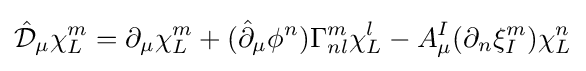
{\hat {\mathcal {D}}}_{\mu }\chi _{L}^{m}=\partial _{\mu }\chi _{L}^{m}+({\hat {\partial }}_{\mu }\phi ^{n})\Gamma _{nl}^{m}\chi _{L}^{l}-A_{\mu }^{I}(\partial _{n}\xi _{I}^{m})\chi _{L}^{n}